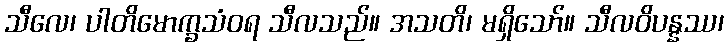
သီလေ၊ ပါတိမောက္ခသံဝရ သီလသည်။ အသတိ၊ မရှိသော်။ သီလဝိပန္နဿ၊